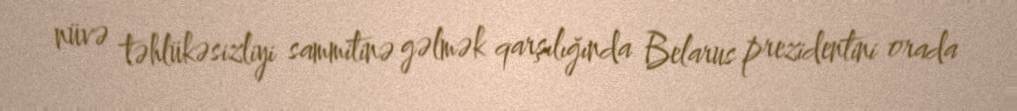
nüvə təhlükəsizliyi sammitinə gəlmək qarşılığında Belarus prezidentini orada